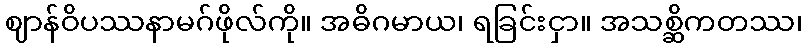
ဈာန်ဝိပဿနာမဂ်ဖိုလ်ကို။ အဓိဂမာယ၊ ရခြင်းငှာ။ အသစ္ဆိကတဿ၊